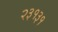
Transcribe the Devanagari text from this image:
२३१३१